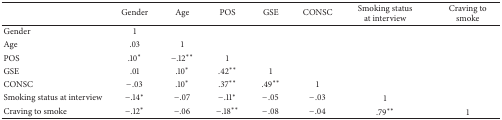
<table><thead><tr><td><b> </b></td><td><b>Gender</b></td><td><b>Age</b></td><td><b>POS</b></td><td><b>GSE</b></td><td><b>CONSC</b></td><td><b>Smoking status at interview</b></td><td><b>Craving to smoke</b></td></tr></thead><tbody><tr><td>Gender</td><td>1</td><td> </td><td> </td><td> </td><td> </td><td> </td><td> </td></tr><tr><td>Age</td><td>.03</td><td>1</td><td> </td><td> </td><td> </td><td> </td><td> </td></tr><tr><td>POS</td><td>.10*</td><td>−.12**</td><td>1</td><td> </td><td> </td><td> </td><td> </td></tr><tr><td>GSE</td><td>.01</td><td>.10*</td><td>.42**</td><td>1</td><td> </td><td> </td><td> </td></tr><tr><td>CONSC</td><td>−.03</td><td>.10*</td><td>.37**</td><td>.49**</td><td>1</td><td> </td><td> </td></tr><tr><td>Smoking status at interview</td><td>−.14*</td><td>−.07</td><td>−.11*</td><td>−.05</td><td>−.03</td><td>1</td><td> </td></tr><tr><td>Craving to smoke</td><td>−.12*</td><td>−.06</td><td>−.18**</td><td>−.08</td><td>−.04</td><td>.79**</td><td>1</td></tr></tbody></table>